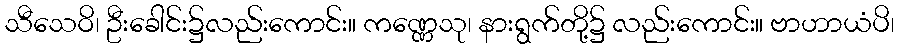
သီသေဝိ၊ ဦးခေါင်း၌လည်းကောင်း။ ကဏ္ဏေသု၊ နားရွက်တို့၌ လည်းကောင်း။ ဗာဟာယံပိ၊